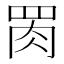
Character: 𱼄